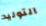
التوليد